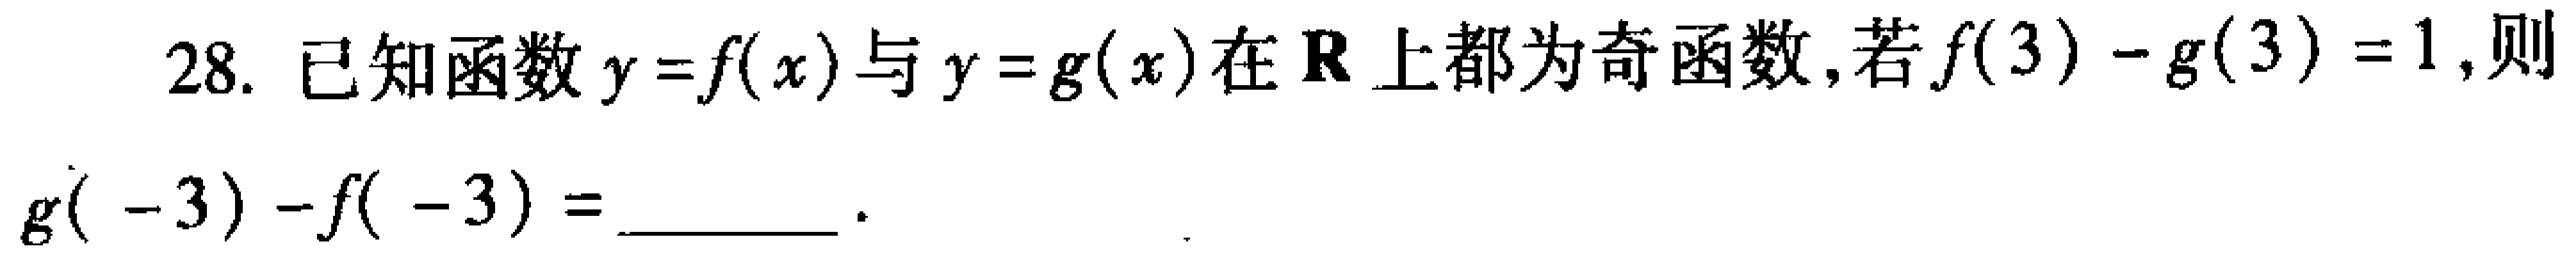
28. 已知函数$y = f(x)$与$y = g(x)$在$\mathbf{R}$上都为奇函数，若$f(3)-g(3)=1$，则

$g(-3)-f(-3)=$  ．